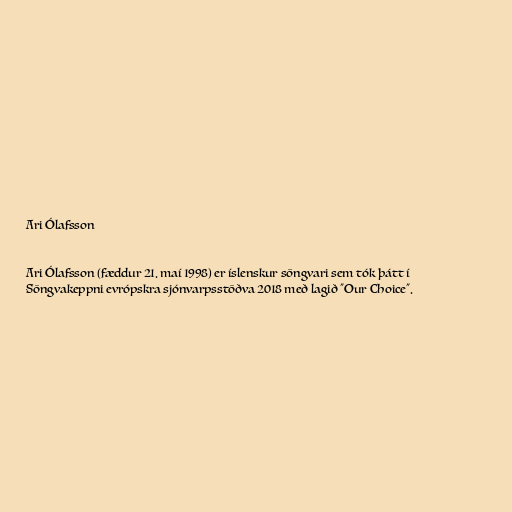
Ari Ólafsson

Ari Ólafsson (fæddur 21. maí 1998) er íslenskur söngvari sem tók þátt í
Söngvakeppni evrópskra sjónvarpsstöðva 2018 með lagið "Our Choice".